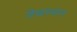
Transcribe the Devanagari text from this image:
शिखास्थापन